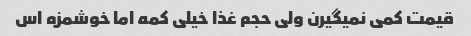
قیمت کمی نمیگیرن ولی حجم غذا خیلی کمه اما خوشمزه اس